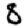
Digit: 8